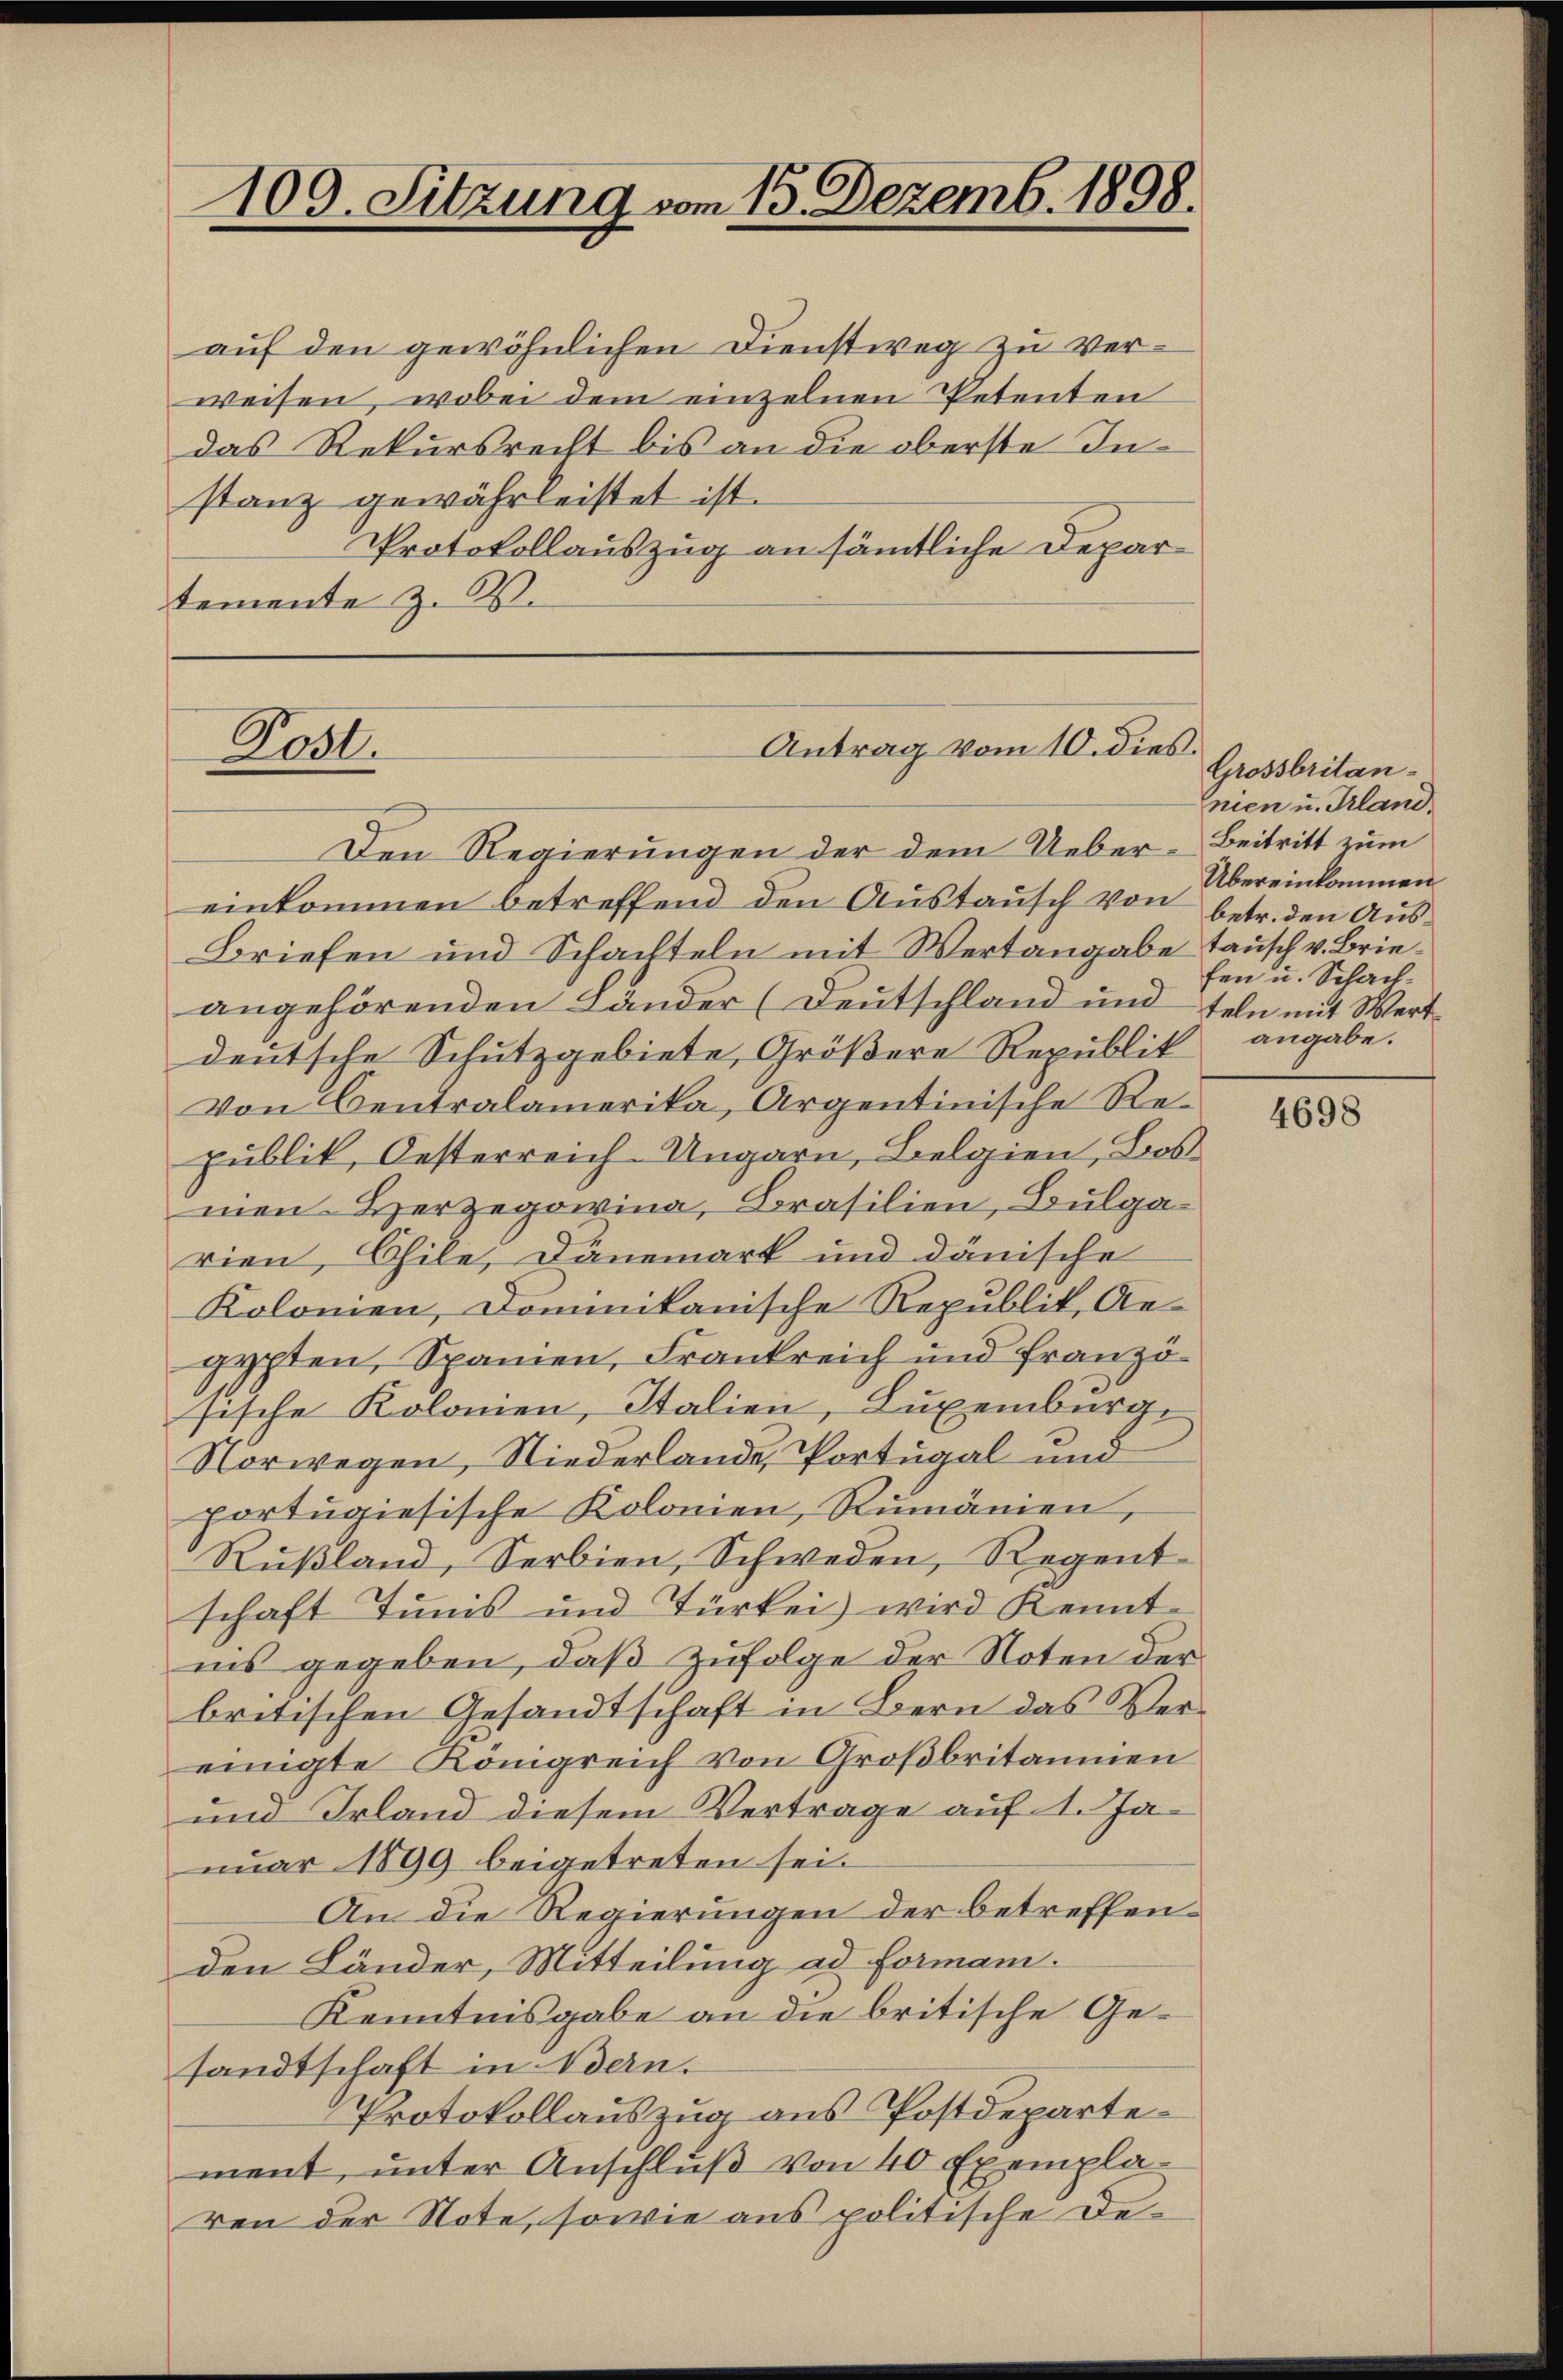
109. Sitzung vom 15. Dezemb. 1898.

Antrag vom 10. dies
Post.

aŭf den gewöhnlichen Dienstweg zu verweisen, wobei dem einzelnen Petenten
das Rekursrecht bis an die oberste Instanz gewährleistet ist.
Protokollauszug an sämtliche Departemente z. B.

Den Regierungen der dem Ueber- Beitritt zum
einkommen betreffend den Austausch von
Briefen und Schachteln mit Wertangabe Tausch v. Brieangehörenden Länder (Deutschland und teln mit Wertdeutsche Schutzgebiete, Größere Republik angabe.
Von Centralamerika, Argentinische Republik, Oesterreich-Ungarn, Belgien, Los
men. Herzegowina, Brasilien, Bulgarien, Chile, Dänemark und dänische
Kolonien, Dominikanische Republik, Ge-
gypten, Spanien, Frankreich und Französische Kolonien, Italien, Luxenburg,
Norwegen, Niederlande, Portugal und
portŭgiesische Kolonien, Rumänien,
Rußland, Serbien, Schweden, Regentschaft Tunis und Türkei) wird Kenntnis gegeben, daß zufolge der Noten der
britischen Gesandtschaft in Bern das Vereinigte Königreich von Großbritannien
und Irland diesem Vertrage auf 1. Januar 1899 beigetreten sei.
An die Regierungen der betreffenden Länder, Mitteilung ad Formani.
Kenntnisgabe an die britische Gesandtschaft in Bern.
Protokollauszug aus Postdepartement, unter Anschluß von 40 Exemplaren der Note, sowie aus politische De¬

Grossbritannien u. Trland.
Übereinkommen
betr. den Ausfen u. Schach¬

4698